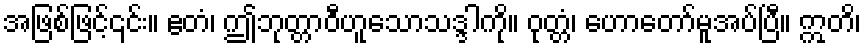
အဖြစ်ဖြင့်၎င်း။ ဧတံ၊ ဤဘုတ္တာဝီဟူသောသဒ္ဒါကို။ ဝုတ္တံ၊ ဟောတော်မူအပ်ပြီ။ ဣတိ၊